Indian journal of veterinary science and animal husbandry - Volumes 28-29, 1958-1959
Year: 1958
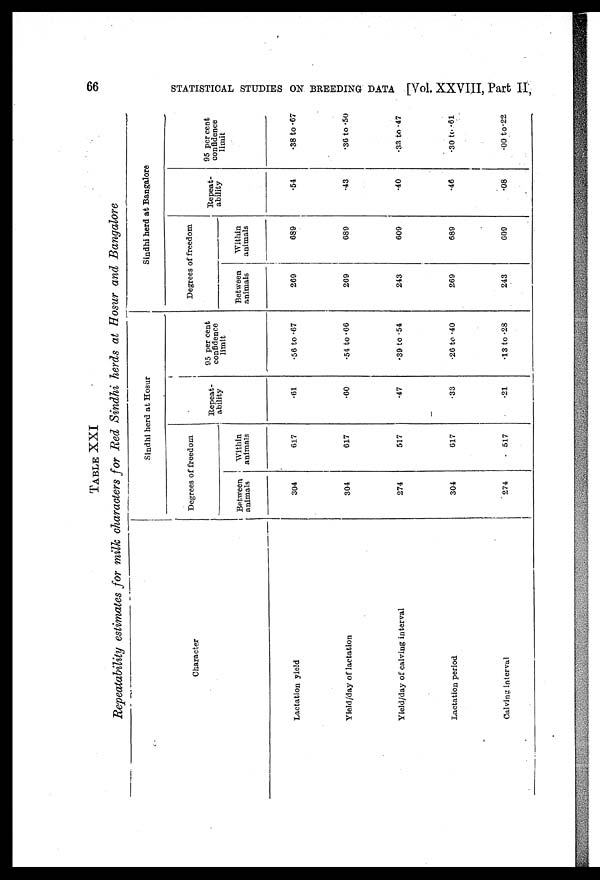
66
STATISTICAL STUDIES ON BREEDING DATA [Vol. XXVIII, Part II,
TABLE XXI
Repeatability estimates for milk characters for Red Sindhi herds at Hosur and Bangalore
Character
Lactation yield
Yield/day of lactation
Yield/day of calving interval
Lactation period
Calving interval
Sindhi herd at Hosur
Degrees of freedom
Between
animals
304
304
274
304
274
Within
animals
617
617
517
617
517
Repeat-
ability
.61
.60
.47
.33
.21
95 per cent
confidence
limit
.56 to .67
.54 to .66
.39 to .54
.26 to .40
.13 to .28
Sindhi herd at Bangalore
Degrees of freedom
Between
animals
269
269
243
269
243
Within
animals
689
689
609
689
609
Repeat-
ability
.54
.43
.40
.46
.08
95 per cent
confidence
limit
.38 to .67
.36 to .50
.33 to .47
.30 to .61
.00 to .22